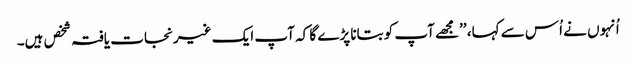
اُنہوں نے اُس سے کہا، ’’مجھے آپ کو بتانا پڑے گا کہ آپ ایک غیرنجات یافتہ شخص ہیں۔